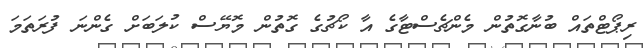
ރިޕޯޓްތައް ބުނާގޮތުން މެންޗެސްޓާގެ އާ ކޯޗުގެ ގޮތުން މޮޔޭސް ކުލަބަށް ގެންނަ ފުރަތަމަ